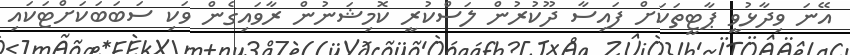
އޭނަ ވިދާޅުވީ ޕާޓީތަކަށް ފައިސާ ދޫކުރުން ލަސްކުރީ ކޮމިޝަނުން ރާވައިގެން ވަކި ސަބަބަކަށްޓަކައި